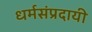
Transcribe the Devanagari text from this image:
धर्मसंप्रदायी